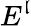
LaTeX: E^{\mathfrak{l}}